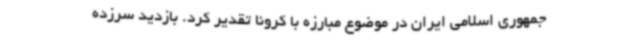
جمهوری اسلامی ایران در موضوع مبارزه با کرونا تقدیر کرد. بازدید سرزده